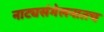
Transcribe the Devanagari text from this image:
नाट्यसंमेलनातच